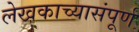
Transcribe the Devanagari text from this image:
लेखकाच्यासंपूर्ण